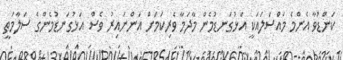
ކަންޑުވާ އެންމެ މައްސަލައަކީ އަޅުގަނޑުމެން މާދަމާ ވެރިކަމަށް އަންނައިރު ވެސް އަޅުގަނޑުމެންގެ ސަލާމަތީ